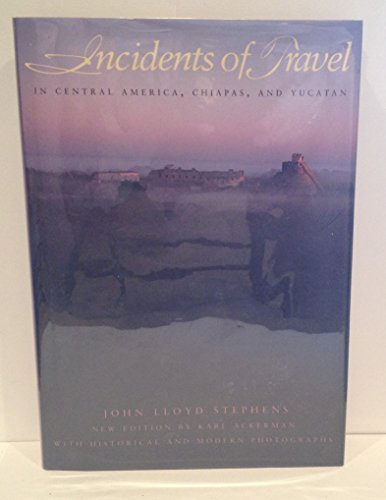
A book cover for Incidents of Travel in Central America, Chiapas, and Yucatan; John Lloyd Stephens; Cookbooks, Food & Wine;